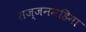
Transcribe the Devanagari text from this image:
सज्जनमहिमा